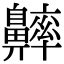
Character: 𪖶